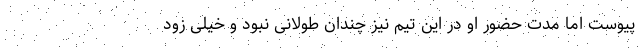
پیوست اما مدت حضور او در این تیم نیز چندان طولانی نبود و خیلی زود